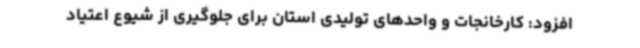
افزود: کارخانجات و واحدهای تولیدی استان برای جلوگیری از شیوع اعتیاد